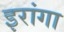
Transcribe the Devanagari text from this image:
इरांगा